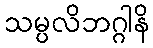
သမ္ပလိဘဂ္ဂါနိ